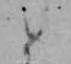
と